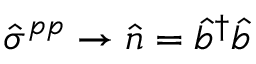
\hat { \sigma } ^ { p p } \rightarrow \hat { n } = \hat { b } ^ { \dagger } \hat { b }